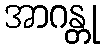
အာဂန္တု